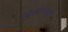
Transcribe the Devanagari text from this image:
विपणनाद्वारे